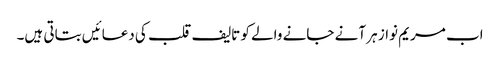
اب مریم نواز ہر آنے جانے والے کو تالیف قلب کی دعائیں بتاتی ہیں۔